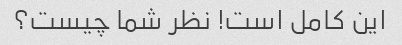
این کامل است! نظر شما چیست؟